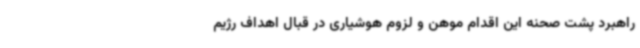
راهبرد پشت صحنه این اقدام موهن و لزوم هوشیاری در قبال اهداف رژیم